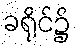
ခရိုင်၌